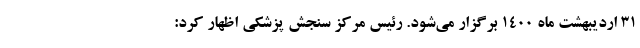
۳۱ اردیبهشت ماه ۱۴۰۰ برگزار می‌شود. رئیس مرکز سنجش پزشکی اظهار کرد: